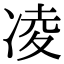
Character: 凌